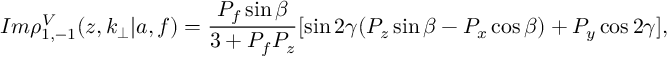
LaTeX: I m \rho _ { 1 , - 1 } ^ { V } ( z , k _ { \perp } | a , f ) = \frac { P _ { f } \sin { \beta } } { 3 + P _ { f } P _ { z } } [ \sin { 2 \gamma } ( P _ { z } \sin { \beta } - P _ { x } \cos { \beta } ) + P _ { y } \cos { 2 \gamma } ] ,